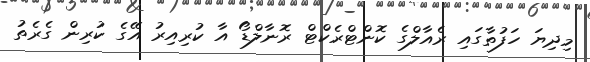
މިދިޔަ ހަފުތާގައި ރެއާލްގެ ކޮންޓްރެކްޓް ރޮނާލްޑޯ އާ ކުރިިއިރު އޭގެ ކުރިން ގެރެތު